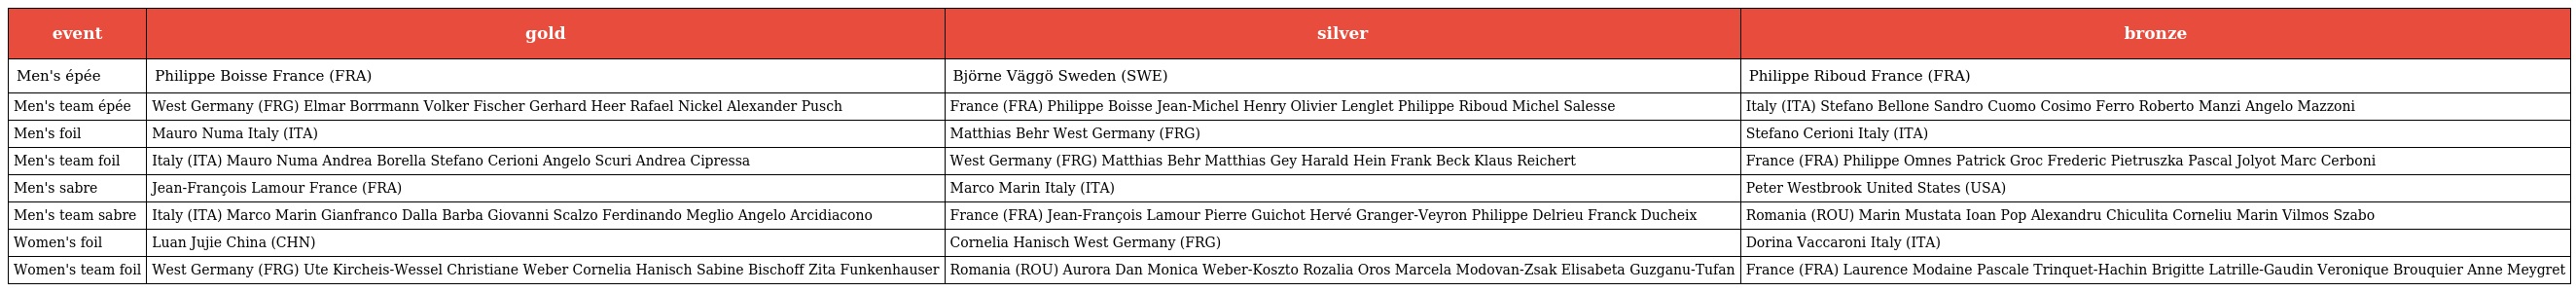
| event | gold | silver | bronze |
 | --- | --- | --- | --- |
 | Men's épée | Philippe Boisse France (FRA) | Björne Väggö Sweden (SWE) | Philippe Riboud France (FRA) |
 | Men's team épée | West Germany (FRG) Elmar Borrmann Volker Fischer Gerhard Heer Rafael Nickel Alexander Pusch | France (FRA) Philippe Boisse Jean-Michel Henry Olivier Lenglet Philippe Riboud Michel Salesse | Italy (ITA) Stefano Bellone Sandro Cuomo Cosimo Ferro Roberto Manzi Angelo Mazzoni |
 | Men's foil | Mauro Numa Italy (ITA) | Matthias Behr West Germany (FRG) | Stefano Cerioni Italy (ITA) |
 | Men's team foil | Italy (ITA) Mauro Numa Andrea Borella Stefano Cerioni Angelo Scuri Andrea Cipressa | West Germany (FRG) Matthias Behr Matthias Gey Harald Hein Frank Beck Klaus Reichert | France (FRA) Philippe Omnes Patrick Groc Frederic Pietruszka Pascal Jolyot Marc Cerboni |
 | Men's sabre | Jean-François Lamour France (FRA) | Marco Marin Italy (ITA) | Peter Westbrook United States (USA) |
 | Men's team sabre | Italy (ITA) Marco Marin Gianfranco Dalla Barba Giovanni Scalzo Ferdinando Meglio Angelo Arcidiacono | France (FRA) Jean-François Lamour Pierre Guichot Hervé Granger-Veyron Philippe Delrieu Franck Ducheix | Romania (ROU) Marin Mustata Ioan Pop Alexandru Chiculita Corneliu Marin Vilmos Szabo |
 | Women's foil | Luan Jujie China (CHN) | Cornelia Hanisch West Germany (FRG) | Dorina Vaccaroni Italy (ITA) |
 | Women's team foil | West Germany (FRG) Ute Kircheis-Wessel Christiane Weber Cornelia Hanisch Sabine Bischoff Zita Funkenhauser | Romania (ROU) Aurora Dan Monica Weber-Koszto Rozalia Oros Marcela Modovan-Zsak Elisabeta Guzganu-Tufan | France (FRA) Laurence Modaine Pascale Trinquet-Hachin Brigitte Latrille-Gaudin Veronique Brouquier Anne Meygret |